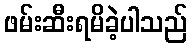
ဖမ်းဆီးရမိခဲ့ပါသည်